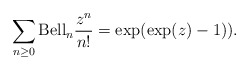
\begin{gather*}\sum_{n \ge 0} {\rm Bell}_n {z^n \over n!}=\exp(\exp(z)-1)).\end{gather*}